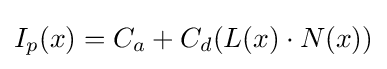
I_{p}(x)=C_{a}+C_{d}(L(x)\cdot N(x))